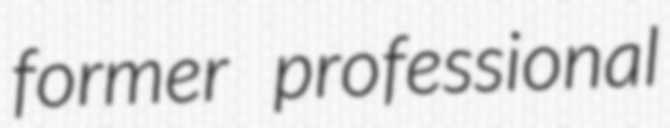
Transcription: former professional